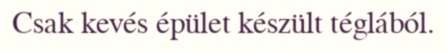
Csak kevés épület készült téglából.